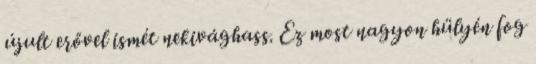
újult erővel ismét nekivághass. Ez most nagyon hülyén fog